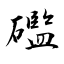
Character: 礛